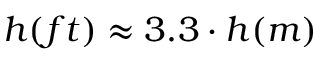
h ( f t ) \approx 3 . 3 \cdot h ( m )